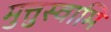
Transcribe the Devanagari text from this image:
मुत्तुस्वामि